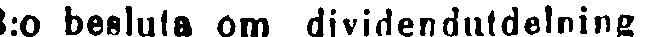
3:o besluta om diviriendutdelning